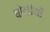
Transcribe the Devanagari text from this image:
बोलीयाँ